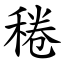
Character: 䅚